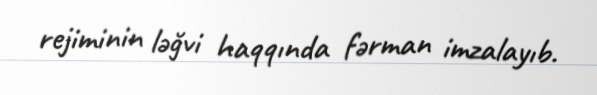
rejiminin ləğvi haqqında fərman imzalayıb.